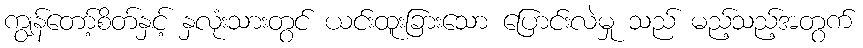
ကျွန်တော့်စိတ်နှင့် နှလုံးသားတွင် ယင်းထူးခြားသော ပြောင်းလဲမှု သည် မည့်သည့်အတွက်